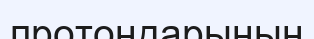
протондарының